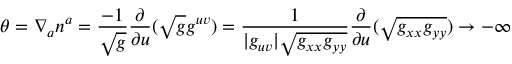
\theta = \nabla _ { a } n ^ { a } = { \frac { - 1 } { \sqrt { g } } } { \frac { \partial } { \partial u } } { ( \sqrt { g } g ^ { u v } ) } = { \frac { 1 } { | g _ { u v } | \sqrt { g _ { x x } g _ { y y } } } } { \frac { \partial } { \partial u } } { ( \sqrt { g _ { x x } g _ { y y } } ) } \to - \infty